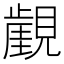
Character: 𧢏